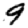
Digit: 9